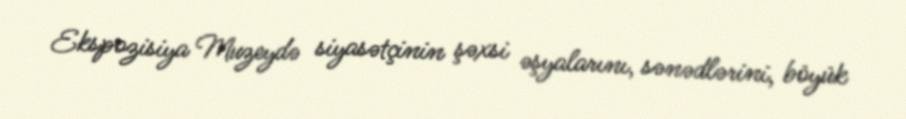
Ekspozisiya Muzeydə siyasətçinin şəxsi əşyalarını, sənədlərini, böyük